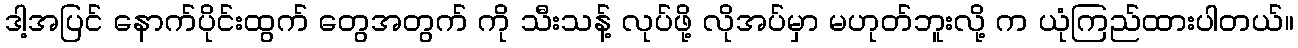
ဒါ့အပြင် နောက်ပိုင်းထွက် တွေအတွက် ကို သီးသန့် လုပ်ဖို့ လိုအပ်မှာ မဟုတ်ဘူးလို့ က ယုံကြည်ထားပါတယ်။